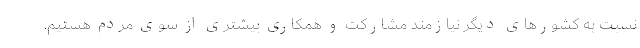
نسبت به کشورهای دیگر نیازمند مشارکت و همکاری بیشتری از سوی مردم هستیم.